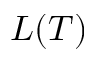
L ( T )